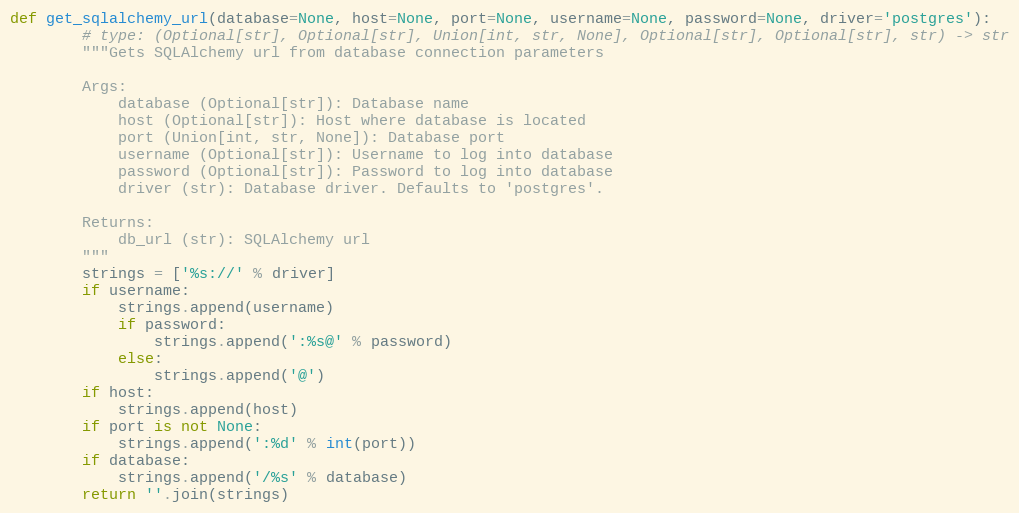
Language: Python
def get_sqlalchemy_url(database=None, host=None, port=None, username=None, password=None, driver='postgres'):
        # type: (Optional[str], Optional[str], Union[int, str, None], Optional[str], Optional[str], str) -> str
        """Gets SQLAlchemy url from database connection parameters

        Args:
            database (Optional[str]): Database name
            host (Optional[str]): Host where database is located
            port (Union[int, str, None]): Database port
            username (Optional[str]): Username to log into database
            password (Optional[str]): Password to log into database
            driver (str): Database driver. Defaults to 'postgres'.

        Returns:
            db_url (str): SQLAlchemy url
        """
        strings = ['%s://' % driver]
        if username:
            strings.append(username)
            if password:
                strings.append(':%s@' % password)
            else:
                strings.append('@')
        if host:
            strings.append(host)
        if port is not None:
            strings.append(':%d' % int(port))
        if database:
            strings.append('/%s' % database)
        return ''.join(strings)